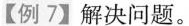
【例7】解决问题。